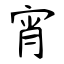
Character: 宵